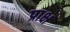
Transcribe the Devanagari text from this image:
प्राक्ष